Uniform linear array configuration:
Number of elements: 24
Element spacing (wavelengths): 0.5
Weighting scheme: binomial
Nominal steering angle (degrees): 15
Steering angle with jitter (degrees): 15.462
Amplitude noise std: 0.05
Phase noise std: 0.05

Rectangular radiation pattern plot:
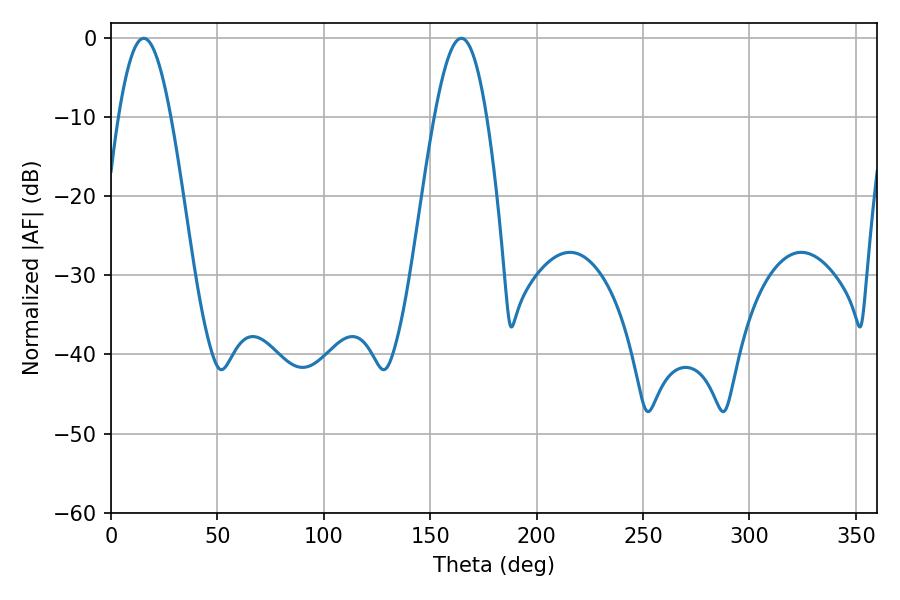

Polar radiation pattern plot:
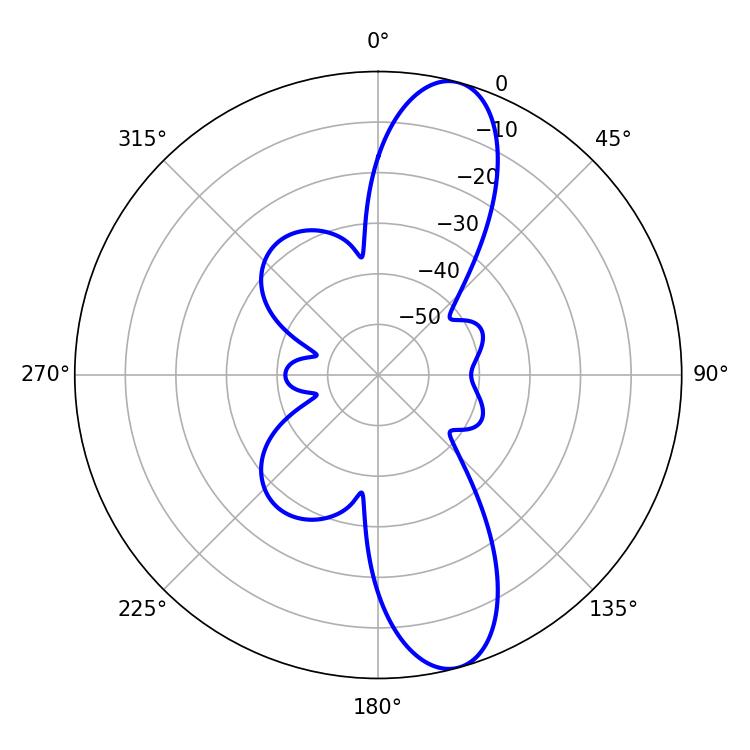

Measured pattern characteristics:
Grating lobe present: FALSE
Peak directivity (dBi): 11.743
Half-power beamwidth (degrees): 13.32
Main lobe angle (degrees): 15.3